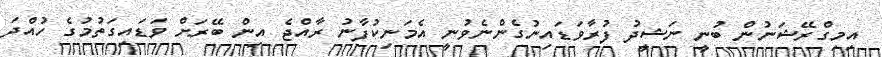
އިމިގްރޭޝަނުން ބުނީ ނަޝީދު ފުރާވަޑައިނުގެންނެވުނީ އެމަނިކުފާނު ރާއްޖެ އިން ބޭރަށް ވަޑައިގަތުމުގެ ހުއްދަ